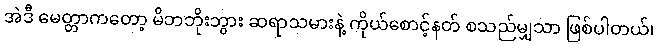
အဲဒီ မေတ္တာကတော့ မိဘဘိုးဘွား ဆရာသမားနဲ့ ကိုယ်စောင့်နတ် စသည်မျှသာ ဖြစ်ပါတယ်၊